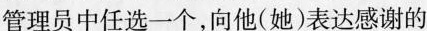
管理员中任选一个，向他(她)表达感谢